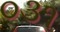
૦૩૧